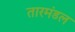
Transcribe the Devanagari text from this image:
तारमंडल